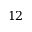
1 2